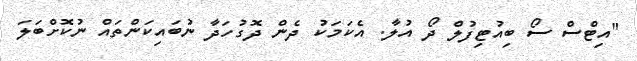
"އިޓްސް ސޯ ބިއުޓިފުލް ދޯ އުލާ. އެކަމަކު ދެން ދޮގުހަދާ ނުބައިކަންތައް ނުކޮށްބަލަ